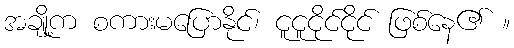
အချို့က စကားမပြောနိုင်၊ ငူငူငိုင်ငိုင် ဖြစ်နေ၏ ။